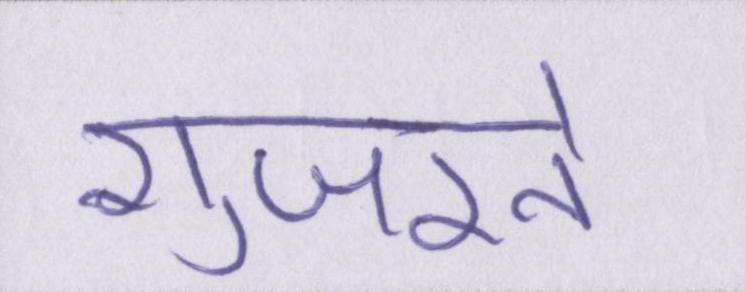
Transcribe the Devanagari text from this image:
गुजरते